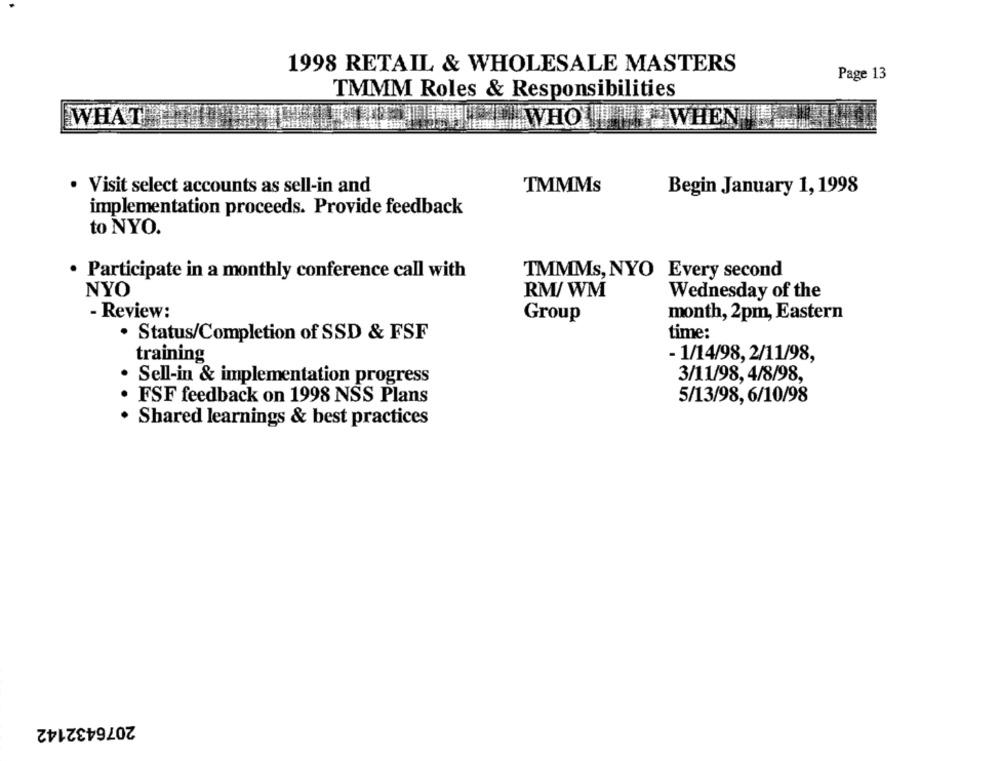
1998 RETAIL & WHOLESALE MASTERS
Page 13
TMMM Roles & Responsibilities
WHAT
WHO WHEN WET
Visit select accounts as sell-in and
TMMMs
Begin January 1, 1998
implementation proceeds. Provide feedback
to NYO.
Participate in a monthly conference call with
TMMMs, NYO Every second
NYO
RM/ WM
Wednesday of the
- Review:
Group
month, 2pm, Eastern
time:
. Status/Completion of SSD & FSF
training
- 1/14/98, 2/11/98,
Sell-in & implementation progress
3/11/98, 4/8/98,
FSF feedback on 1998 NSS Plans
5/13/98, 6/10/98
Shared learnings & best practices
2076432142